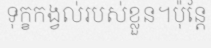
ទុក្ខកង្វល់របស់ខ្លួន។ប៉ុន្តែ